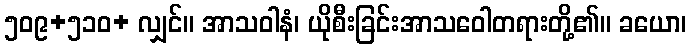
၅၀၉+၅၁၀+ လျှင်။ အာသဝါနံ၊ ယိုစီးခြင်းအာသဝေါတရားတို့၏။ ခယော၊